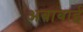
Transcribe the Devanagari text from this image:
अबाबाई